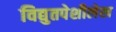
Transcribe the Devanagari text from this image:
विद्युतपेशीलेख